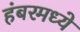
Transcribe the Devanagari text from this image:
हंबरमध्ये